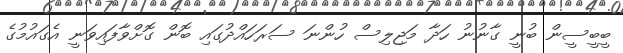
ބީބީސީން ބުނީ ގާނުނު ހަދާ މަޖިލިސް ހުންނަ ސަރަހައްދުގައި ބޮން ގޮށްވާފައިވަނީ އެގައުމުގެ